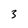
Character: 3